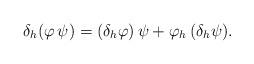
LaTeX: \begin{align*}\delta_h (\varphi\,\psi)=(\delta_h \varphi)\,\psi+\varphi_h\,(\delta_h \psi).\end{align*}